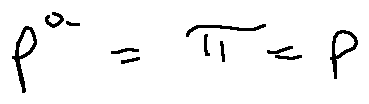
p ^ { a } = \pi = p